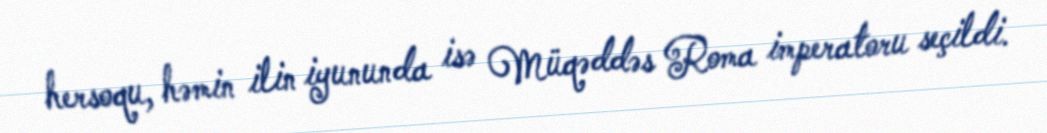
hersoqu, həmin ilin iyununda isə Müqəddəs Roma imperatoru seçildi.